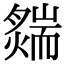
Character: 𦓟